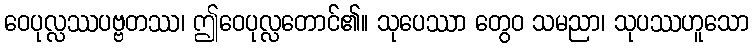
ဝေပုလ္လဿပဗ္ဗတဿ၊ ဤဝေပုလ္လတောင်၏။ သုပေဿာ တွေဝ သမညာ၊ သုပဿဟူသော